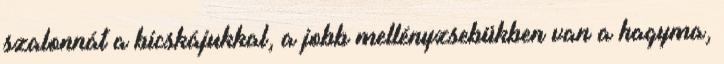
szalonnát a bicskájukkal, a jobb mellényzsebükben van a hagyma,